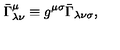
\bar { \Gamma } _ { \lambda \nu } ^ { \mu } \equiv g ^ { \mu \sigma } \bar { \Gamma } _ { \lambda \nu \sigma } ,